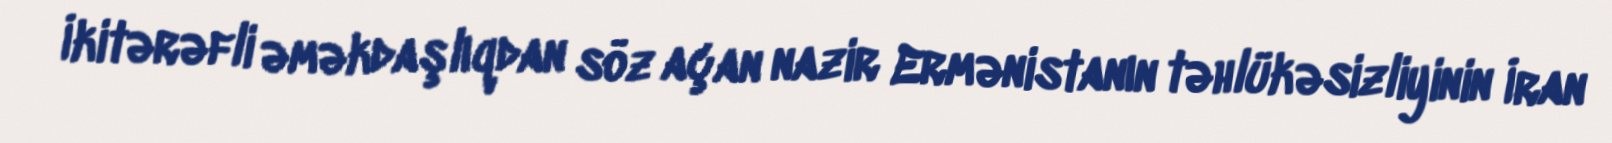
İkitərəfli əməkdaşlıqdan söz açan nazir Ermənistanın təhlükəsizliyinin İran